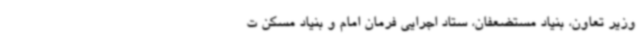
وزیر تعاون، بنیاد مستضعفان، ستاد اجرایی فرمان امام و بنیاد مسکن ت